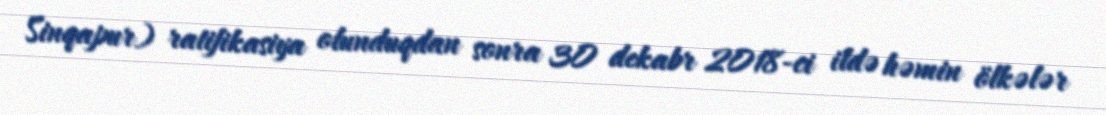
Sinqapur) ratifikasiya olunduqdan sonra 30 dekabr 2018-ci ildə həmin ölkələr